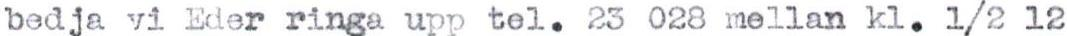
bedja vi Eder ringa upp tel. 23 028 mellan kl. 1/2 l2